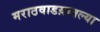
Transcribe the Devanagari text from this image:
मराठवाडय़ातल्या